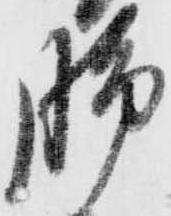
脚